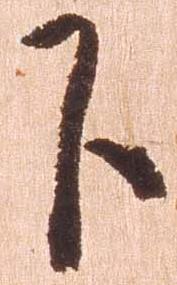
下